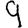
Digit: 9